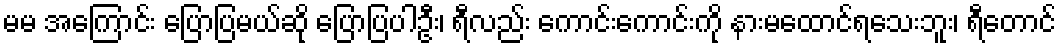
မမ အကြောင်း ပြောပြမယ်ဆို ပြောပြပါဦး၊ ရီလည်း ကောင်းကောင်းကို နားမထောင်ရသေးဘူး၊ ရီတောင်